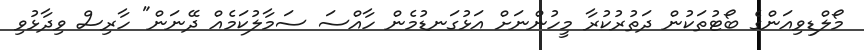
މޯލްޑިވިއަންގެ ބޯޓުތަކުން ދަތުރުކުރާ މީހުންނަށް އަޅުގަނޑުމެން ހާއްސަ ސަމާލުކަމެއް ދޭނަން" ހާރިސް ވިދާޅުވި